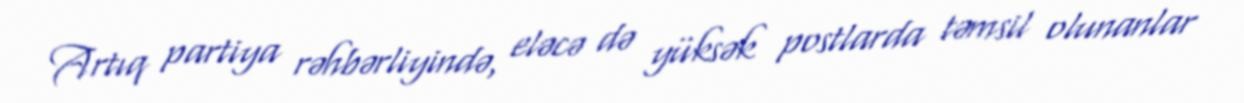
Artıq partiya rəhbərliyində, eləcə də yüksək postlarda təmsil olunanlar